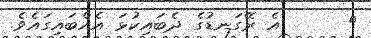
٣      އެ ރޭގަނޑުގެ ދެބައިކުޅަ އެއްބައިގައެވެ.